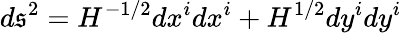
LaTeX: d\mathfrak{s}^{2}=H^{-1/2}dx^{i}dx^{i}+H^{1/2}dy^{i}dy^{i}